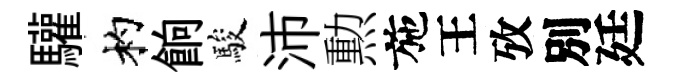
驩杓餉駿沛勲施王攷別廷